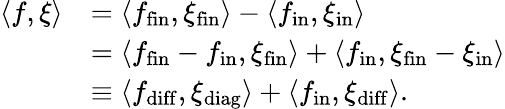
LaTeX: \begin{array}{rl}{\langle f,\xi\rangle}&{=\langle f_{\mathrm{fin}},\xi_{\mathrm{fin}}\rangle-\langle f_{\mathrm{in}},\xi_{\mathrm{in}}\rangle}\\ &{=\langle f_{\mathrm{fin}}-f_{\mathrm{in}},\xi_{\mathrm{fin}}\rangle+\langle f_{\mathrm{in}},\xi_{\mathrm{fin}}-\xi_{\mathrm{in}}\rangle}\\ &{\equiv\langle f_{\mathrm{diff}},\xi_{\mathrm{diag}}\rangle+\langle f_{\mathrm{in}},\xi_{\mathrm{diff}}\rangle.}\end{array}